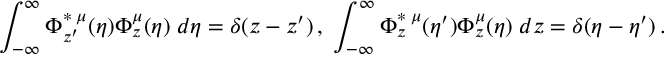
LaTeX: \int _ { - \infty } ^ { \infty } \Phi _ { z ^ { \prime } } ^ { \ast \; \mu } ( \eta ) \Phi _ { z } ^ { \mu } ( \eta ) \; d \eta = \delta ( z - z ^ { \prime } ) \, , \; \int _ { - \infty } ^ { \infty } \Phi _ { z } ^ { \ast \; \mu } ( \eta ^ { \prime } ) \Phi _ { z } ^ { \mu } ( \eta ) \; d z = \delta ( \eta - \eta ^ { \prime } ) \, .